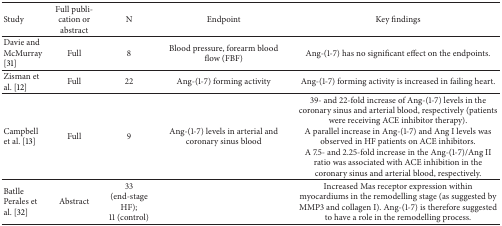
| Study | Full publication or abstract | N | Endpoint | Key findings |
 | --- | --- | --- | --- | --- |
 | Davie and McMurray [31] | Full | 8 | Blood pressure, forearm blood flow (FBF) | Ang-(1-7) has no significant effect on the endpoints. |
 | Zisman et al. [12] | Full | 22 | Ang-(1-7) forming activity | Ang-(1-7) forming activity is increased in failing heart. |
 | Campbell et al. [13] | Full | 9 | Ang-(1-7) levels in arterial and coronary sinus blood | 39- and 22-fold increase of Ang-(1-7) levels in the coronary sinus and arterial blood, respectively (patients were receiving ACE inhibitor therapy). A parallel increase in Ang-(1-7) and Ang I levels was observed in HF patients on ACE inhibitors.A 7.5- and 2.25-fold increase in the Ang-(1-7)/Ang II ratio was associated with ACE inhibition in the coronary sinus and arterial blood, respectively. |
 | Batlle Perales et al. [32] | Abstract | 33 (end-stage HF); 11 (control) |  | Increased Mas receptor expression within myocardiums in the remodelling stage (as suggested by MMP3 and collagen I). Ang-(1-7) is therefore suggested to have a role in the remodelling process. |